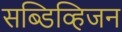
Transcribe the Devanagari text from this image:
सब्डिव्हिजन